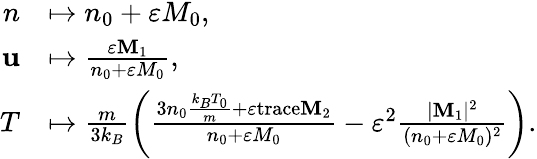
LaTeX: \begin{array}{rl}{n}&{\mapsto n_{0}+\varepsilon M_{0},}\\ {\mathbf{u}}&{\mapsto\frac{\varepsilon\mathbf{M}_{1}}{n_{0}+\varepsilon M_{0}},}\\ {T}&{\mapsto\frac{m}{3k_{B}}\left(\frac{3n_{0}\frac{k_{B}T_{0}}{m}+\varepsilon\mathrm{trace}\mathbf{M}_{2}}{n_{0}+\varepsilon M_{0}}-\varepsilon^{2}\frac{|\mathbf{M}_{1}|^{2}}{(n_{0}+\varepsilon M_{0})^{2}}\right).}\end{array}